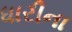
ધારીના